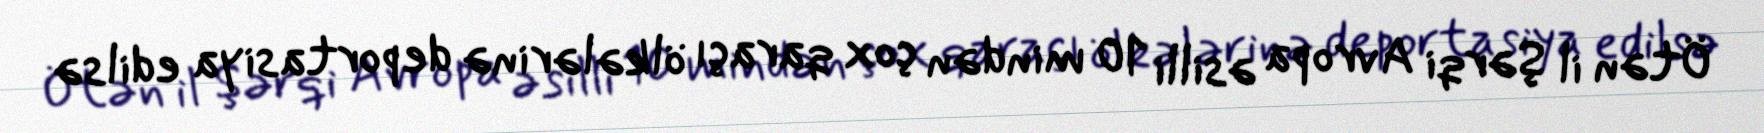
Ötən il Şərqi Avropa əsilli 10 mindən çox qaraçı ölkələrinə deportasiya edilsə